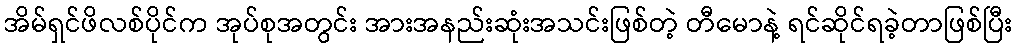
အိမ်ရှင်ဖိလစ်ပိုင်က အုပ်စုအတွင်း အားအနည်းဆုံးအသင်းဖြစ်တဲ့ တီမောနဲ့ ရင်ဆိုင်ရခဲ့တာဖြစ်ပြီး